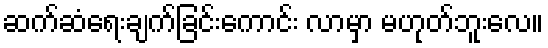
ဆက်ဆံရေးချက်ခြင်းကောင်း လာမှာ မဟုတ်ဘူးလေ။